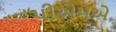
પીએમએ